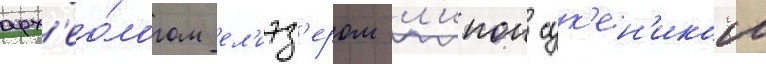
арх'ео́логом ел'иэз'ером л'ипои сук'ен'иком